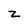
Character: Z